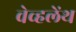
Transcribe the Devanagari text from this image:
वेव्हलेंथ